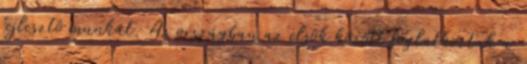
fejlesztô munkát. Az országban az elsôk között foglalkoztak a